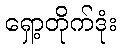
ရှော့တိုက်ဒုံး